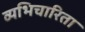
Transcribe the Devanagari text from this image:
व्यभिचारिता